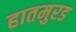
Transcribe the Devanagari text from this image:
हातमुरड